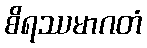
စိရဿမာဂတံ